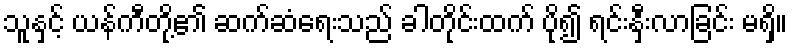
သူနှင့် ယန်ကီတို့၏ ဆက်ဆံရေးသည် ခါတိုင်းထက် ပို၍ ရင်းနှီးလာခြင်း မရှိ။